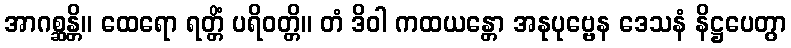
အာဂစ္ဆန္တိ။ ထေရော ရတ္တိံ ပရိဝတ္တိ။ တံ ဒိဝါ ကထယန္တော အနုပုဗ္ဗေန ဒေသနံ နိဋ္ဌပေတွာ